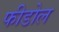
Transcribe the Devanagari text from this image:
फीडोल